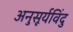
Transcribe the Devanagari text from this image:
अनुसूर्यविंदु